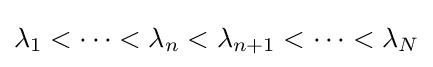
\lambda _{1}<\dots <\lambda _{n}<\lambda _{n+1}<\dots <\lambda _{N}